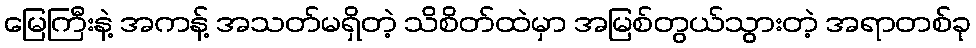
မြေကြီးနဲ့ အကန့် အသတ်မရှိတဲ့ သိစိတ်ထဲမှာ အမြစ်တွယ်သွားတဲ့ အရာတစ်ခု